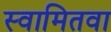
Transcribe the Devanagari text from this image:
स्वामितवा